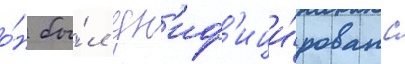
о́н бы́л ун'иф'ици́рован с